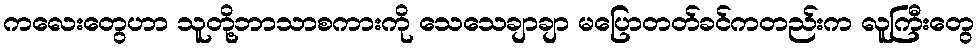
ကလေးတွေဟာ သူတို့ဘာသာစကားကို သေသေချာချာ မပြောတတ်ခင်ကတည်းက လူကြီးတွေ